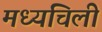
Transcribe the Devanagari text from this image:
मध्यचिली